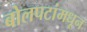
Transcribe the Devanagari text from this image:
बोलपटांमधून